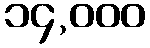
၁၄,၀၀၀